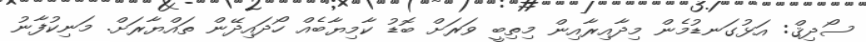
ސޯދިޤް: އަޅުގަނޑުމެން މިދާއިރާއިން މިތިބީ ވަރަށް ބޮޑު ކާމިޔާބެއް ހޯދައިދޭން ތައްޔާރަށް. މަނިކުފާނު